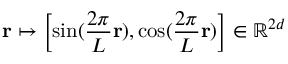
\mathbf { r } \mapsto \left[ \sin ( \frac { 2 \pi } { L } \mathbf { r } ) , \cos ( \frac { 2 \pi } { L } \mathbf { r } ) \right] \in \mathbb { R } ^ { 2 d }